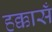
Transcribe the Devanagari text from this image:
हक्कासँ